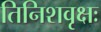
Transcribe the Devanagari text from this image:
तिनिशवृक्षः